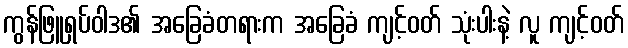
ကွန်ဖြူရှပ်ဝါဒ၏ အခြေခံတရားက အခြေခံ ကျင့်ဝတ် သုံးပါးနဲ့ လူ ကျင့်ဝတ်